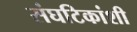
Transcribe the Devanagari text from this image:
संघटिकांशी